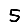
Digit: 5